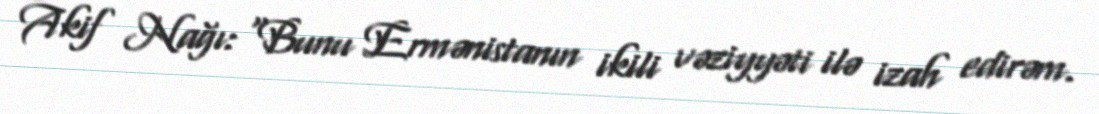
Akif Nağı: “Bunu Ermənistanın ikili vəziyyəti ilə izah edirəm.